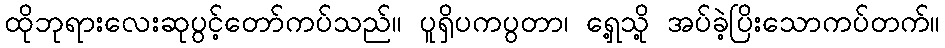
ထိုဘုရားလေးဆုပွင့်တော်ကပ်သည်။ ပူရှိပကပွတာ၊ ရှေ့သို့ အပ်ခဲ့ပြိးသောကပ်တက်။